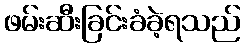
ဖမ်းဆီးခြင်းခံခဲ့ရသည်